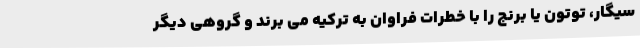
سیگار، توتون یا برنج را با خطرات فراوان به ترکیه می برند و گروهی دیگر